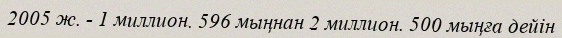
2005 ж. - 1 миллион. 596 мыңнан 2 миллион. 500 мыңға дейін